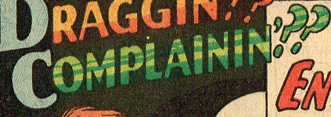
COMPLAININ'??